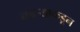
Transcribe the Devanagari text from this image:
नवऱ्याकडून